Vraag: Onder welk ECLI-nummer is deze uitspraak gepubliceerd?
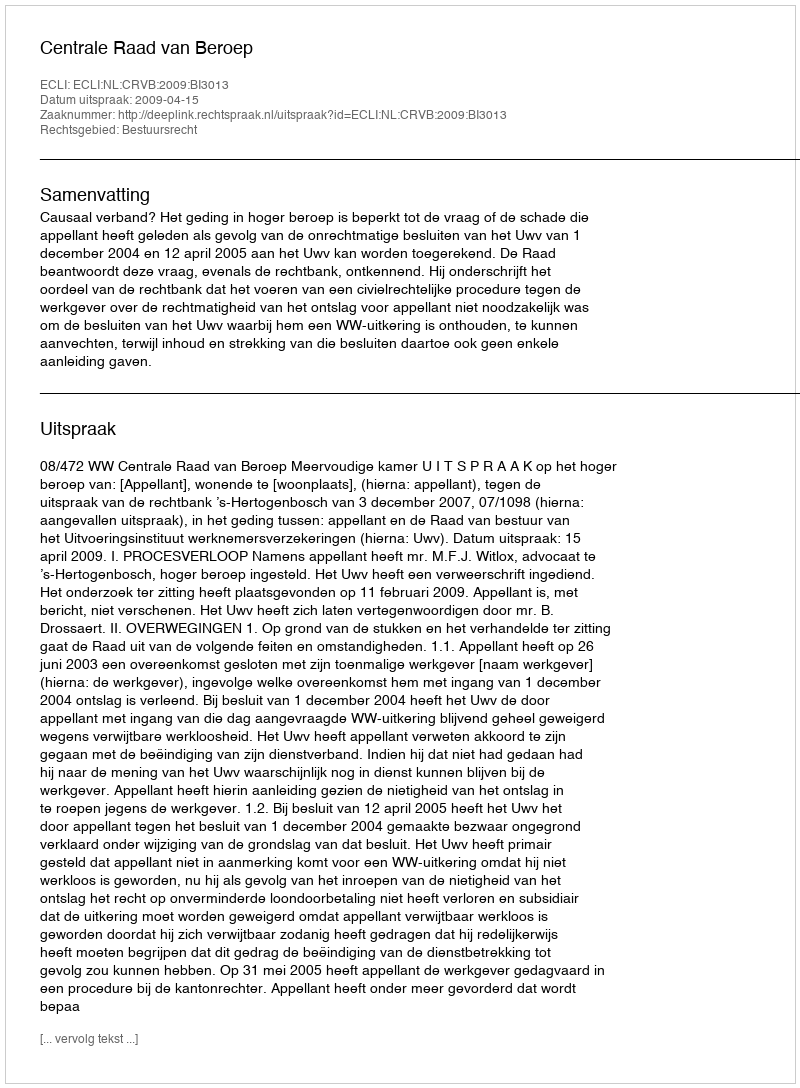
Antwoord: ECLI:NL:CRVB:2009:BI3013